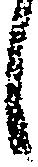
候